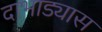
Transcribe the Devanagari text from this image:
दाभाड्यास